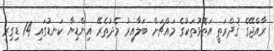
ރާއްޖޭގެ ޤުދްރަތީ އަތޮޅުތަކުގެ މައްޗަށް ބަލާއިރު މެދުތެރޭ އިންޑިޔާ ކަނޑުގައި 14 ޑިގިރީ